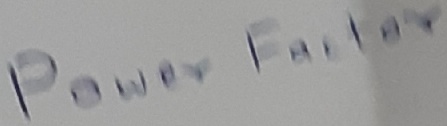
Text: Power Factor